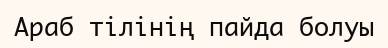
Араб тілінің пайда болуы